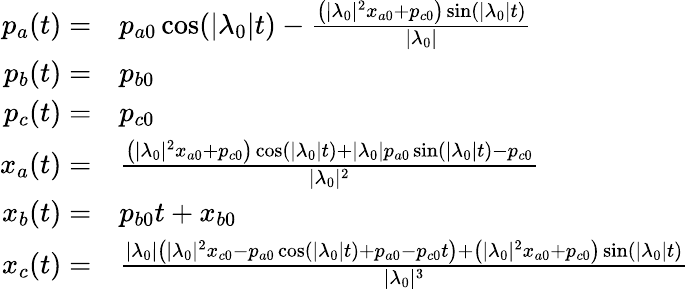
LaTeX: \begin{array}{rl}{p_{a}(t)=}&{p_{a0}\cos(|\lambda_{0}|t)-\frac{\left(|\lambda_{0}|^{2}x_{a0}+p_{c0}\right)\sin(|\lambda_{0}|t)}{|\lambda_{0}|}}\\ {p_{b}(t)=}&{p_{b0}}\\ {p_{c}(t)=}&{p_{c0}}\\ {x_{a}(t)=}&{\frac{\left(|\lambda_{0}|^{2}x_{a0}+p_{c0}\right)\cos(|\lambda_{0}|t)+|\lambda_{0}|p_{a0}\sin(|\lambda_{0}|t)-p_{c0}}{|\lambda_{0}|^{2}}}\\ {x_{b}(t)=}&{p_{b0}t+x_{b0}}\\ {x_{c}(t)=}&{\frac{|\lambda_{0}|\left(|\lambda_{0}|^{2}x_{c0}-p_{a0}\cos(|\lambda_{0}|t)+p_{a0}-p_{c0}t\right)+\left(|\lambda_{0}|^{2}x_{a0}+p_{c0}\right)\sin(|\lambda_{0}|t)}{|\lambda_{0}|^{3}}}\end{array}